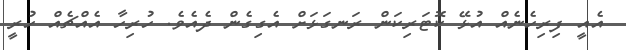
އެއީ ފިރިހެނެއް އުޅޭ ކޮޓަރިކަން ރަނގަޅަށް އެގިގެން ދެއެވެ. ހުރިހާ އެއްޗެއް ހުރީ